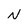
Character: N